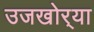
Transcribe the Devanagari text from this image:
उजखोर्‍या